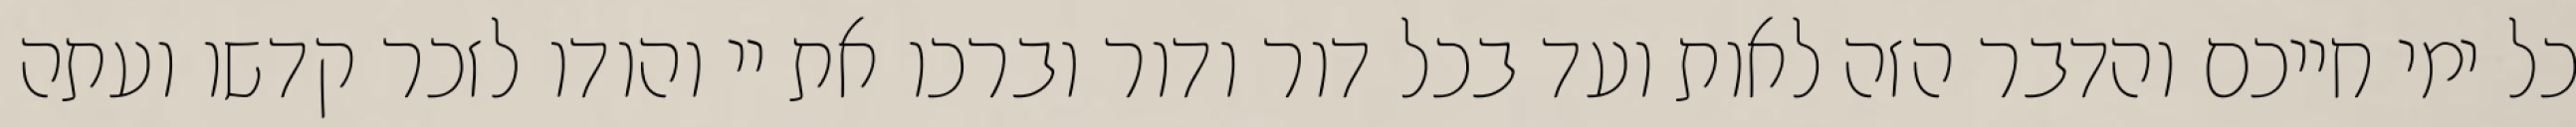
כל ימי חייכם והדבר הזה לאות ועד בכל דור ודור וברכו את יי והודו לזכר קדשו ועתה